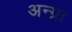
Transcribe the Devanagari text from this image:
अन्ग्रा